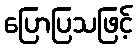
ပြောပြသဖြင့်